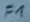
Text: F1